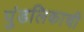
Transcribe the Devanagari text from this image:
पुंडलिकाची